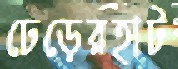
ঢেড়েরহাট